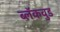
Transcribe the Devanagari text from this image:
ब्लॅकवुड